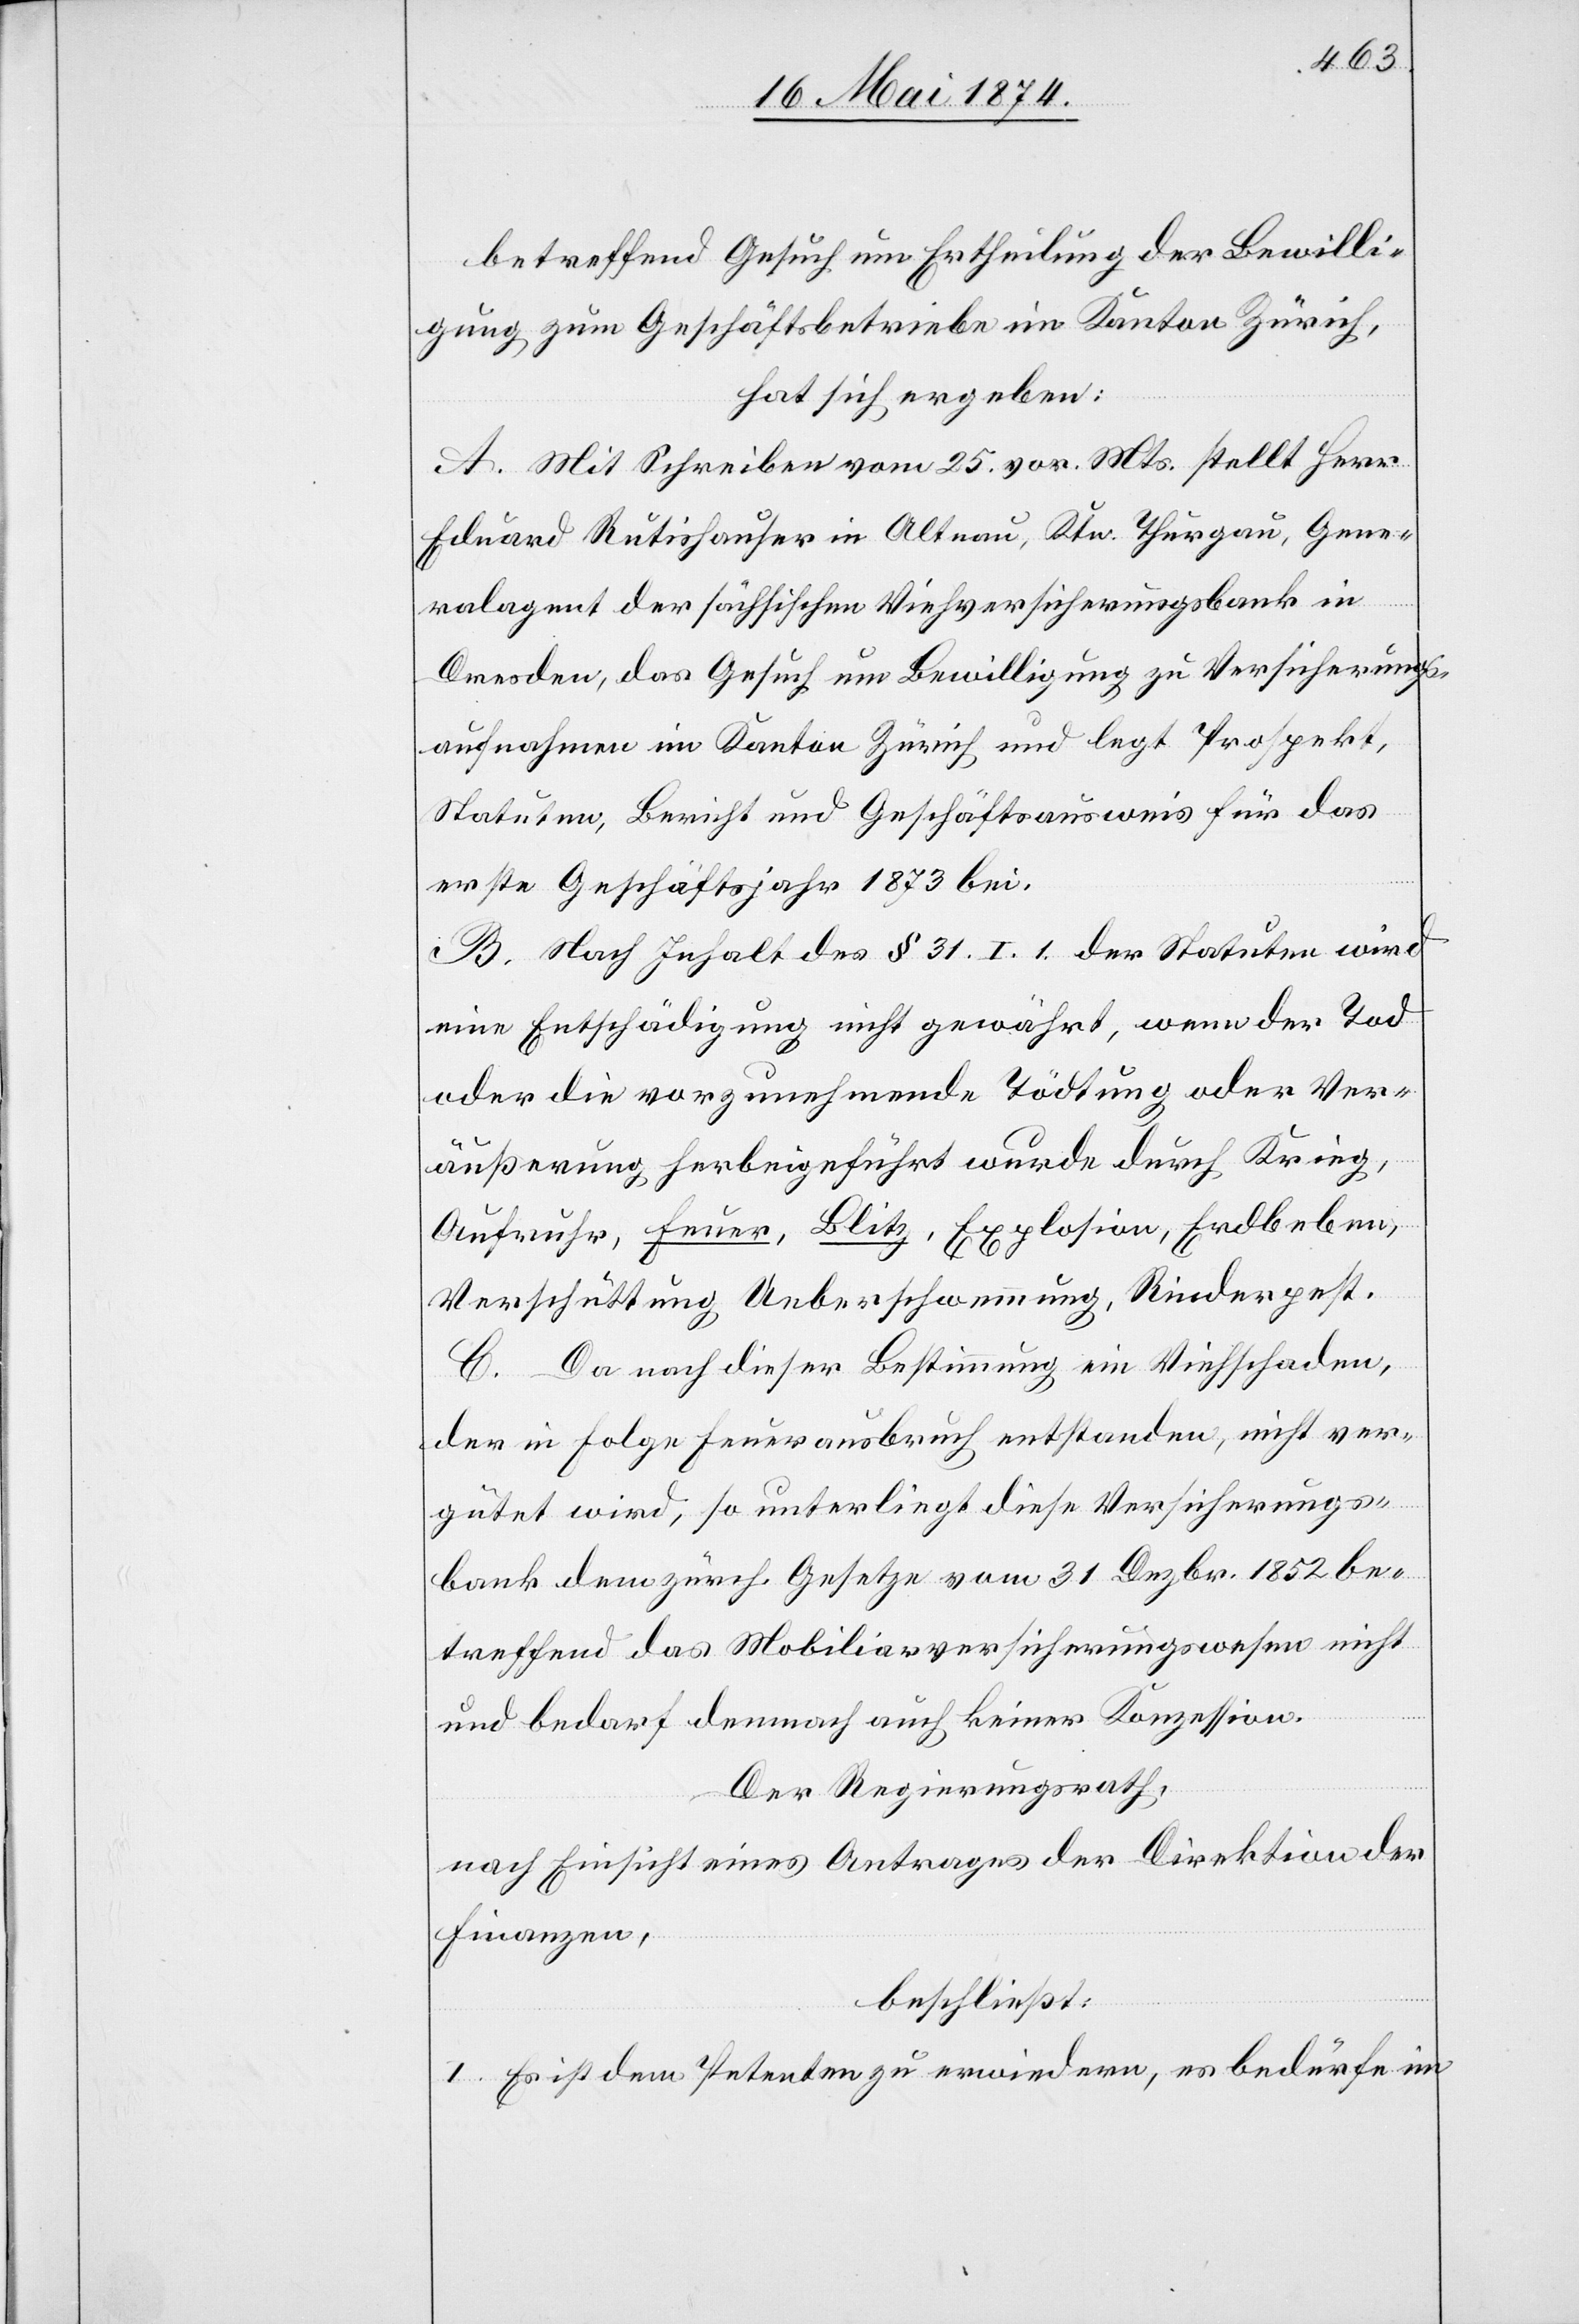
betreffend Gesuch um Ertheilung der Bewilli¬
gung zum Geschäftsbetriebe im Kanton Zürich,
hat sich ergeben:
A. Mit Schreiben vom 25. vor. Mts. stellt Herr
Eduard Rutishauser in Altnau, Ktn Thurgau, Gene¬
ralagent der sächsischen Viehversicherungsbank in
Dresden, das Gesuch um Bewilligung zu Versicherungs¬
aufnahmen im Kanton Zürich und legt Prospekt,
Statuten, Bericht und Geschäftsausweis für das
erste Geschäftsjahr 1873 bei.
B. Nach Inhalt des § 31. I. 1 der Statuten wird
eine Entschädigung nicht gewährt, wenn der Tod
oder die vorzunehmende Tödtung oder Ver¬
äußerung herbeigeführt wurde durch Krieg,
Aufruhr, Feuer, Blitz, Explosion, Erdbeben,
Verschüttung, Ueberschwemmung, Rinderpest.
C. Da nach dieser Bestimmung ein Viehschaden,
der in Folge Feuerausbruch entstanden, nicht ver¬
gütet wird, so unterliegt diese Versicherungs¬
bank dem zürch. Gesetze vom 31. Dezbr. 1852 be¬
treffend das Mobiliarversicherungswesen nicht
und bedarf demnach auch keiner Konzession.
Der Regierungsrath,
nach Einsicht eines Antrages der Direktion der
Finanzen,
beschließt:
I. Es ist dem Petenten zu erwiedern, es bedürfe im